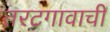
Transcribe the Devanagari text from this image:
तरटगावाची